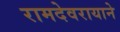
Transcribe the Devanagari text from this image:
रामदेवरायाने